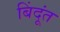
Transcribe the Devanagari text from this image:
बिंदूंत